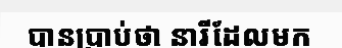
បានប្រាប់ថា នារីដែលមក